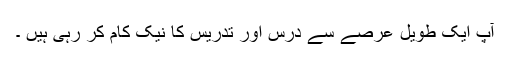
آپ ایک طویل عرصے سے درس اور تدریس کا نیک کام کر رہی ہیں ۔